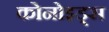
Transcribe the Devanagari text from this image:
कोनोइड्स